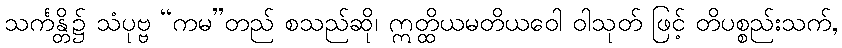
သင်္ကန္တိ၌ သံပုဗ္ဗ “ကမ”တည် စသည်ဆို၊ ဣတ္ထိယမတိယဝေါ ဝါသုတ် ဖြင့် တိပစ္စည်းသက်,